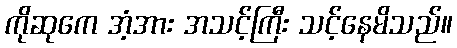
ကိုဆုကေ အံ့အား အသင့်ကြီး သင့်နေမိသည်။